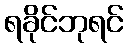
ရခိုင်ဘုရင်